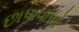
છાપાવાળો